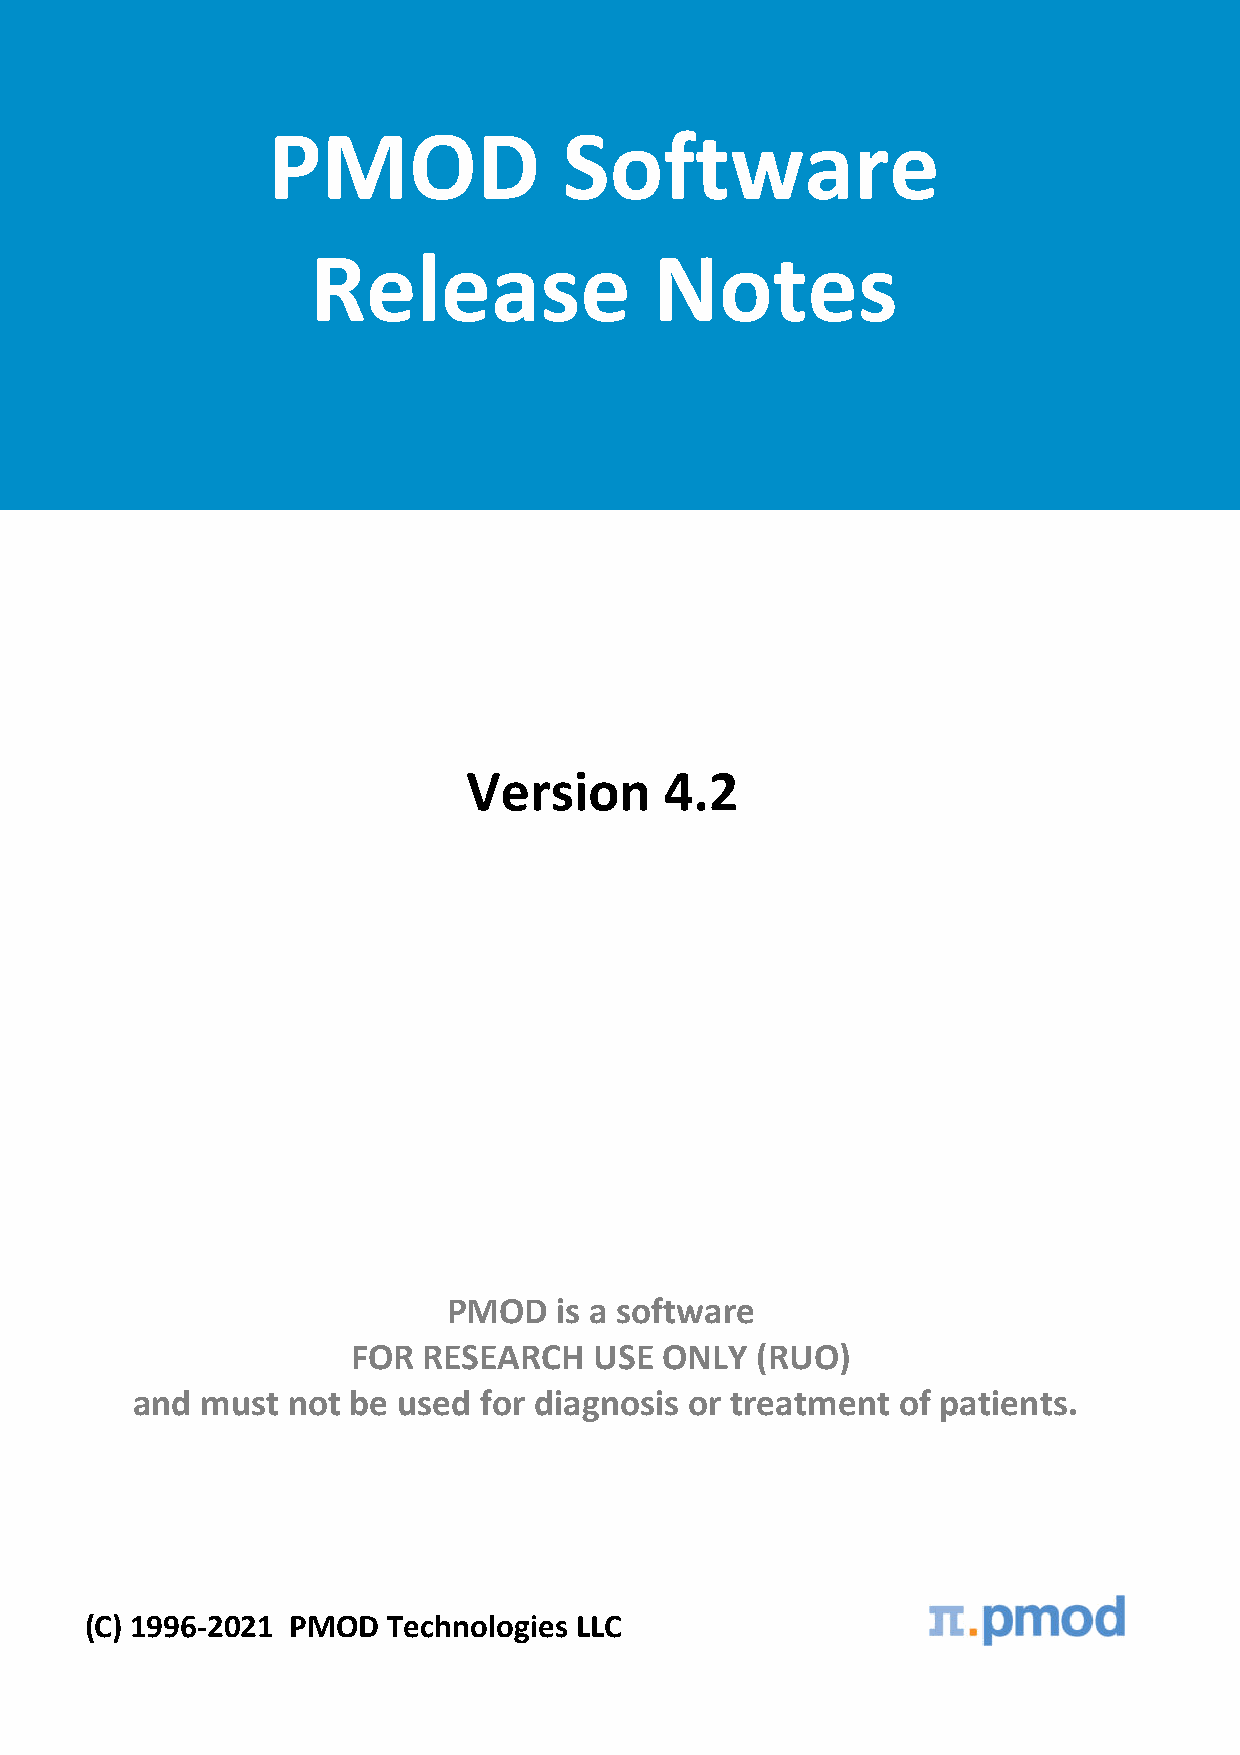
PMOD               Software
 ®
 Release               Notes
 Version      4.2
 PMOD   is a software
 FOR  RESEARCH   USE  ONLY  (RUO)
 and must  not be used  for diagnosis or treatment of patients.
 (C) 1996-2021 PMOD  Technologies LLC